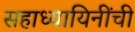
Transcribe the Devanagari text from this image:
सहाध्यायिनींची